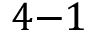
4 { - } 1